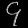
Digit: ၄